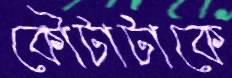
কৌটাটাকে